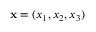
\mathbf { x } = ( x _ { 1 } , x _ { 2 } , x _ { 3 } )